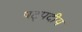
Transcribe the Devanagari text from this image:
षट्पदीय